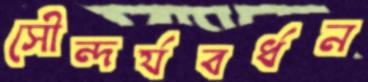
সৌন্দর্যবর্ধন